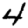
Digit: 4